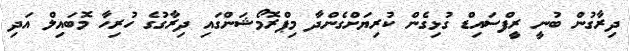
ދިރާގުން ބުނީ ރީފްސައިޑް ގުޅިގެން ކުރިޔަށްގެންދާ މިޕްރޮމޯޝަންގައި ދިރާގުގެ ހުރިހާ މޮބައިލް އަދި